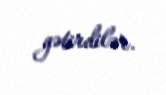
gətirdilər.